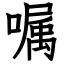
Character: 嘱